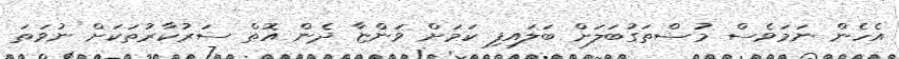
އެހެން ނަމަވެސް މުސްތަގުބަލަށް ބަލައިފި ކަމަށް ވަންޏާ ދެން އޮތް ސަރުކާރުތަކަށް ނުވަތަ